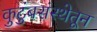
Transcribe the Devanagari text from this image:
कुटुंबसंस्थेतून